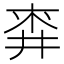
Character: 𪜅